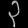
Digit: ၃